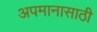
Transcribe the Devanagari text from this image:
अपमानासाठी